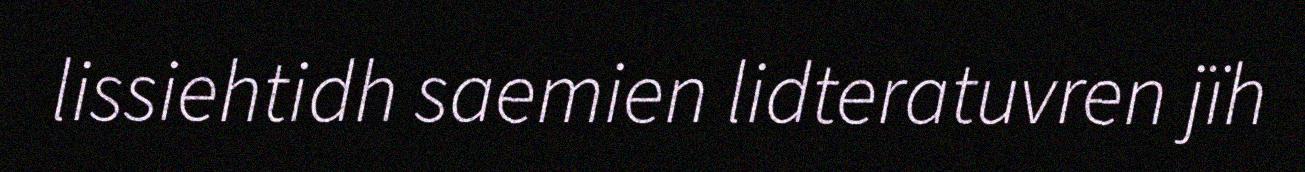
lissiehtidh saemien lidteratuvren jïh